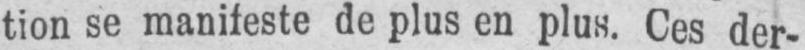
tion se manifeste de plus en plus. Ces der-